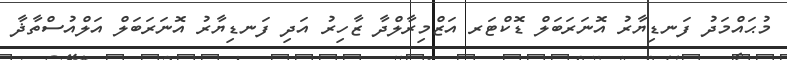
މުޙައްމަދު ފަނޑިޔާރު އޮނަރަބަލް ޑޮކްޓަރ އަޒްމިރާލްދާ ޒާހިރު އަދި ފަނޑިޔާރު އޮނަރަބަލް އަލްއުސްތާޛާ